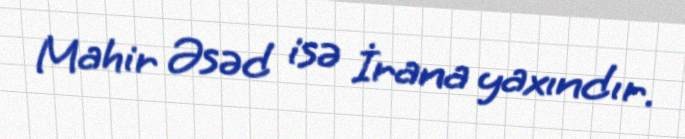
Mahir Əsəd isə İrana yaxındır.